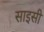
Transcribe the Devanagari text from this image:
साइसी